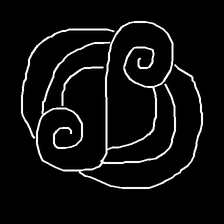
Glyph: wind-underfoot